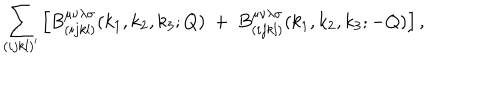
\sum _ { ( i j k l ) ^ { \prime } } \left[ B _ { ( i j k l ) } ^ { \mu \nu \lambda \sigma } ( k _ { 1 } , k _ { 2 } , k _ { 3 } ; Q ) ~ + ~ B _ { ( i j k l ) } ^ { \mu \nu \lambda \sigma } ( k _ { 1 } , k _ { 2 } , k _ { 3 } ; - Q ) \right] ,